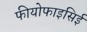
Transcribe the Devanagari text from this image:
फीयोफाइसिई